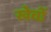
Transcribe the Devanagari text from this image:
खेवों